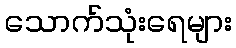
သောက်သုံးရေများ